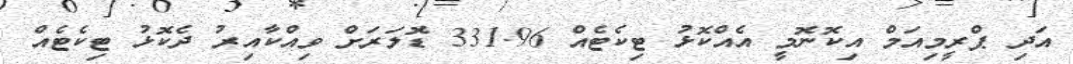
އަދި ޕްރީމިއަމް އިކޮނޮމީ އެއްކޮޅު ޓިކެޓެއް 331.96 ޑޮލަރަށް ވިއްކާއިރު ދެކޮޅު ޓިކެޓެއް